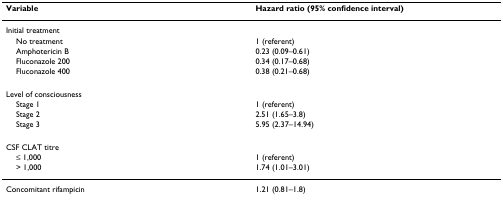
<table><thead><tr><td><b>Variable</b></td><td><b>Hazard ratio (95% confidence interval)</b></td></tr></thead><tbody><tr><td>Initial treatment</td><td></td></tr><tr><td> No treatment</td><td>1 (referent)</td></tr><tr><td> Amphotericin B</td><td>0.23 (0.09–0.61)</td></tr><tr><td> Fluconazole 200</td><td>0.34 (0.17–0.68)</td></tr><tr><td> Fluconazole 400</td><td>0.38 (0.21–0.68)</td></tr><tr><td>Level of consciousness</td><td></td></tr><tr><td> Stage 1</td><td>1 (referent)</td></tr><tr><td> Stage 2</td><td>2.51 (1.65–3.8)</td></tr><tr><td> Stage 3</td><td>5.95 (2.37–14.94)</td></tr><tr><td>CSF CLAT titre</td><td></td></tr><tr><td> ≤ 1,000</td><td>1 (referent)</td></tr><tr><td> &gt; 1,000</td><td>1.74 (1.01–3.01)</td></tr><tr><td>Concomitant rifampicin</td><td>1.21 (0.81–1.8)</td></tr></tbody></table>